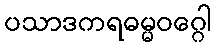
ပသာဒကရဓမ္မဝဂ္ဂေါ